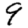
Digit: 9